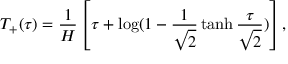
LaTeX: T _ { + } ( \tau ) = \frac { 1 } { H } \left[ \tau + \log ( 1 - \frac { 1 } { \sqrt { 2 } } \operatorname { t a n h } \frac { \tau } { \sqrt { 2 } } ) \right] ,